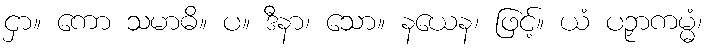
ငှာ။ ကော သမာဓိ။ ပ။ ဒီနာ၊ သော။ နယေန၊ ဖြင့်။ ယံ ပဉှာကမ္မံ၊